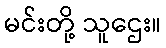
မင်းတို့ သူဌေး။